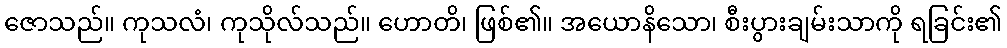
ဇောသည်။ ကုသလံ၊ ကုသိုလ်သည်။ ဟောတိ၊ ဖြစ်၏။ အယောနိသော၊ စီးပွားချမ်းသာကို ရခြင်း၏